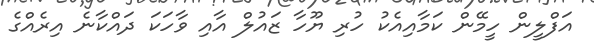
އަފްލީން ހީމޭން ކަމާއިއެކު ހުރި ޔޫހާ ޒައުލް އާއި ވާހަކަ ދައްކާނެ އިރެއްގެ